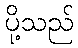
ပို့သည်